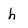
Character: h